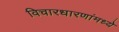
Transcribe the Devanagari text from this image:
विचारधारणांमध्ये